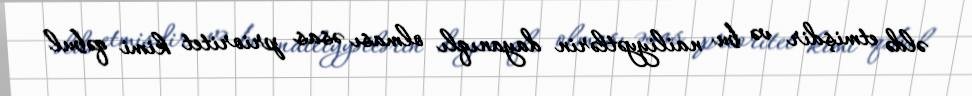
əldə etmişdir və bu nailiyyətlərin dayanıqlı olması əsas prioritet kimi qəbul